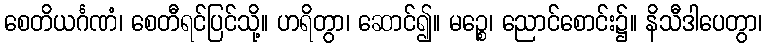
စေတိယင်္ဂဏံ၊ စေတီရင်ပြင်သို့။ ဟရိတွာ၊ ဆောင်၍။ မဉ္စေ၊ ညောင်စောင်း၌။ နိသီဒါပေတွာ၊